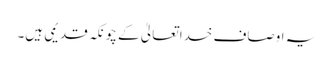
یہ اوصاف خدا تعالیٰ کے چونکہ قدیمی ہیں۔